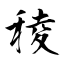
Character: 稜